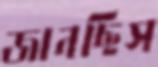
জানছিস